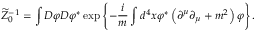
\widetilde { { \cal Z } } _ { 0 } ^ { - 1 } = \int { \cal D } \varphi { \cal D } \varphi ^ { \ast } \exp \left\{ - \frac { i } { m } \int d ^ { 4 } x \varphi ^ { \ast } \left( \partial ^ { \mu } \partial _ { \mu } + m ^ { 2 } \right) \varphi \right\} .